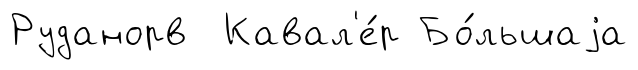
Руданорв Кавал'е́р Бо́льшаjа